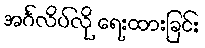
အင်္ဂလိပ်လို ရေးထားခြင်း